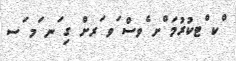
ްކ ްޓކުރުމަ ްށ ެވސް ަވ ަރށް ގި ަނ ަމ ަސ